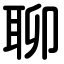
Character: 聊